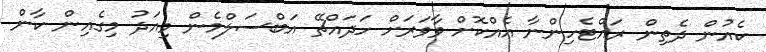
ކެއުން ދެތިން ރައްޓެހިންނާ އެއްކޮށް ވާވަރަށް ހަދައްޗޭ އަބްސަލްމެން މިއަދު މިގެއިން ކާން